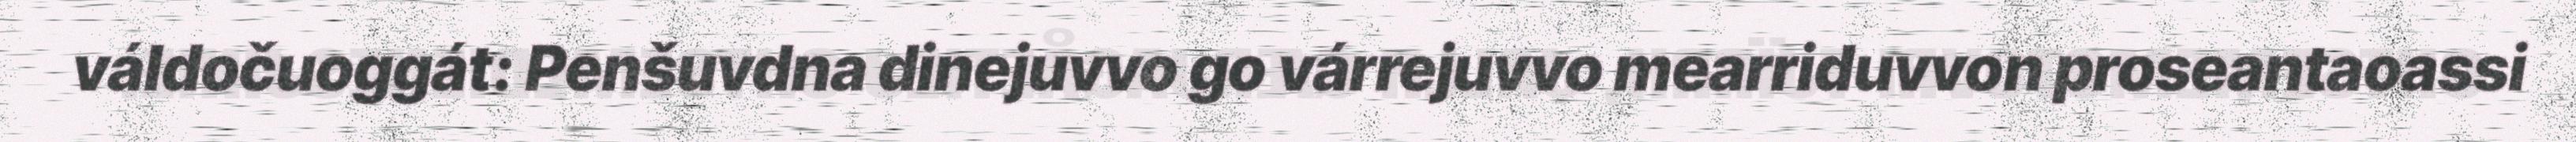
váldočuoggát: Penšuvdna dinejuvvo go várrejuvvo mearriduvvon proseantaoassi